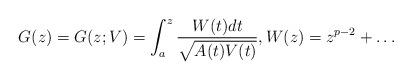
LaTeX: \begin{align*} G(z) = G(z; V) = \int_a^z \frac{W(t) dt}{\sqrt{A(t)V(t)}}, W(z) = z^{p-2} +\dots\end{align*}